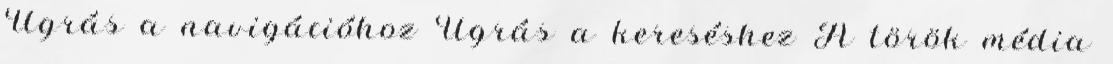
Ugrás a navigációhoz Ugrás a kereséshez A török média